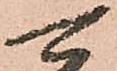
可